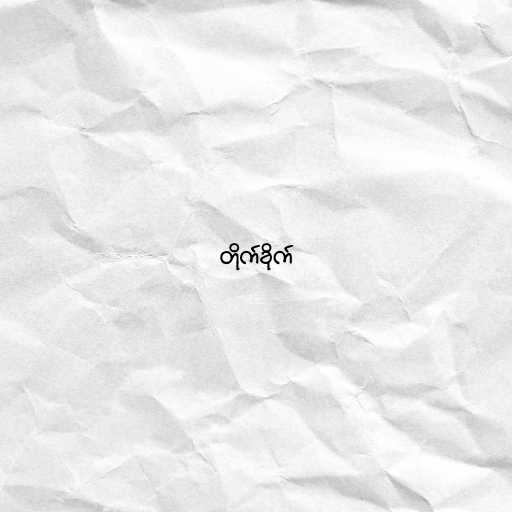
တိုက်ခိုက်